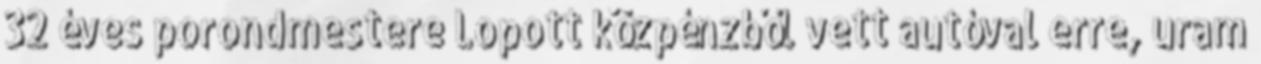
32 éves porondmestere Lopott közpénzből vett autóval erre, uram